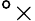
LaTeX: ^\mathtt{o}\times